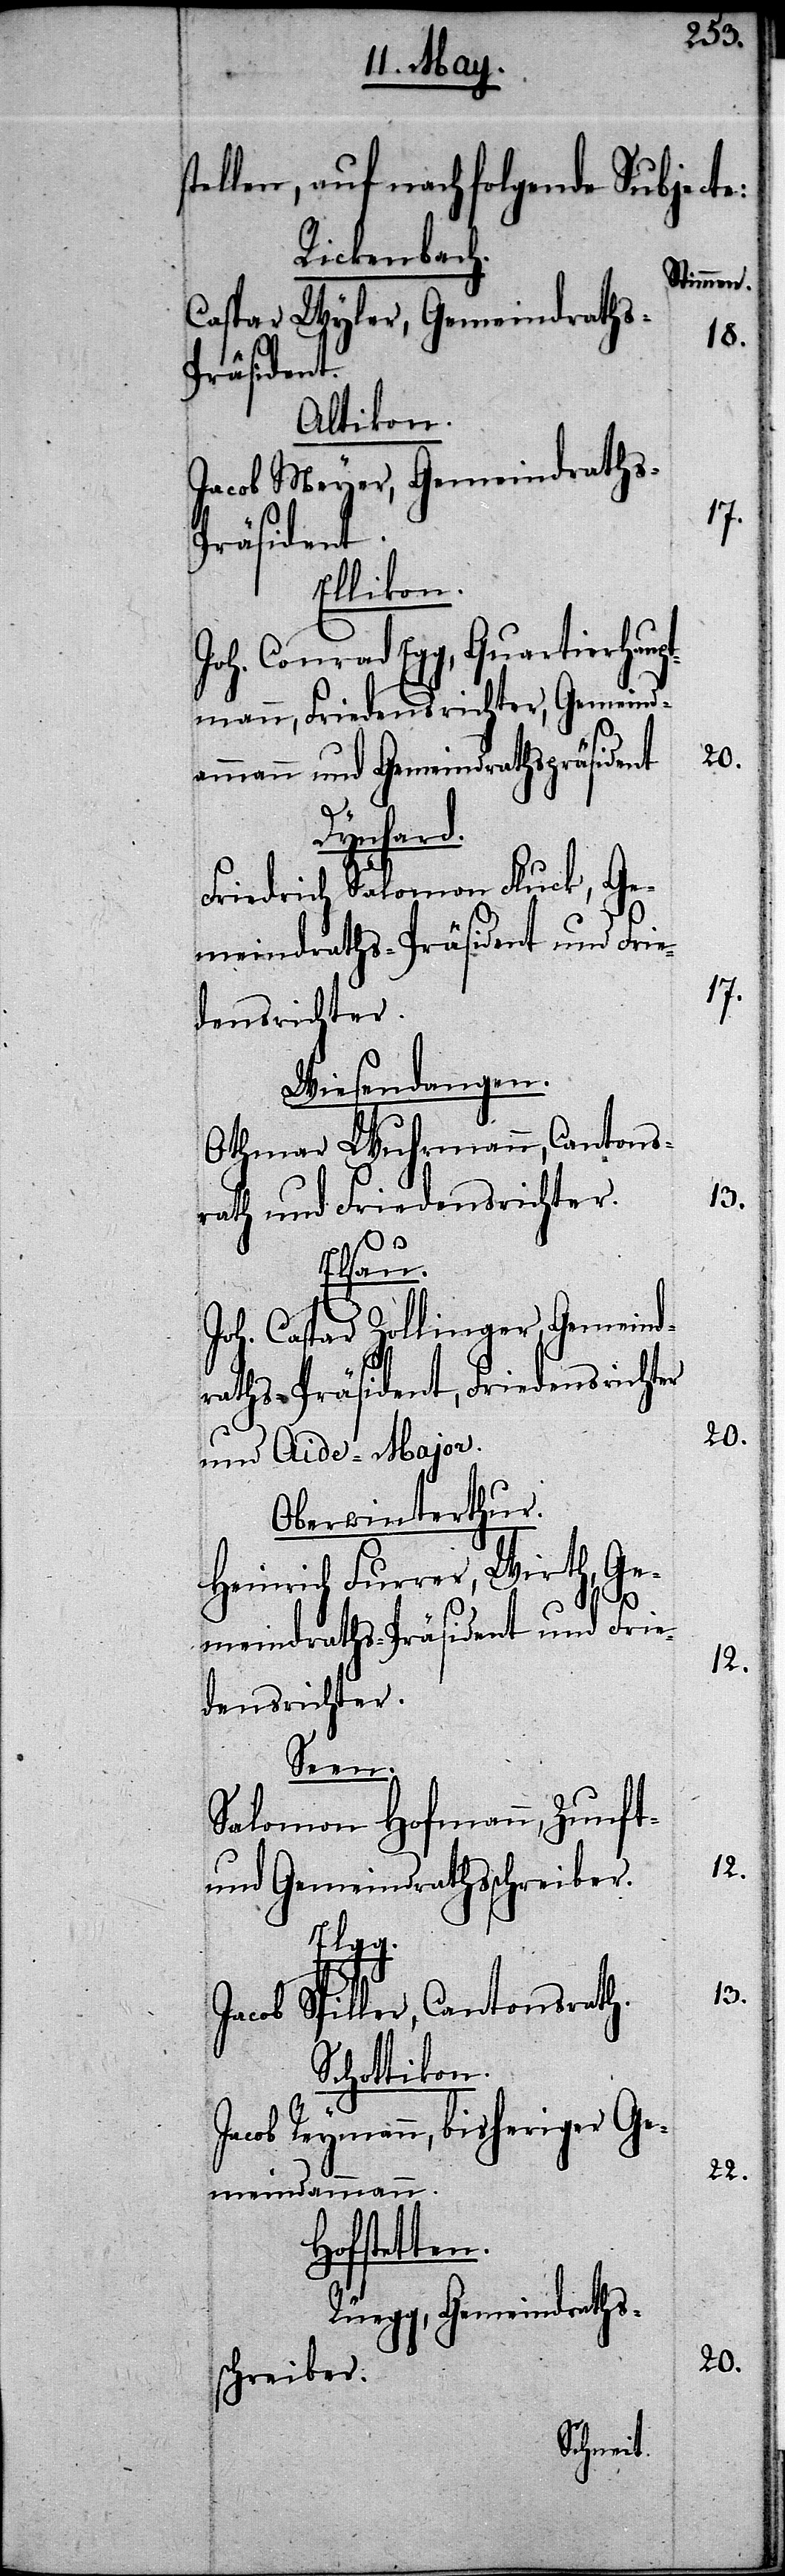
stellen, auf nachfolgende Sub¬
Rickenbach.
Caspar Wyler, Gemeindrath¬
Altikon.
Jacob Meyer, Gemeindrath¬
räsident.
Ellikon.
Joh. Conrad Egg, Quartierha¬
mann, Friedensrichter, Gemein¬
dammann und Gemeindraths-Präside¬
Dynhard.
Friedrich Salomon Fluck, Ge¬
meindrath-Präsident und F¬
Wiesendangen.
Othmar Wuhmann, Canton¬
rath und Friedensrichter.
13.
Elsau.
Joh. Caspar Zollinger, Ge¬
raths-Präsident, Friedensrichter
und Aide-Major.
Oberwinterthur.
Heinrich Furrer, Wirth, G¬
17.
emeindraths-Präsident und Fr¬
densrichter.
Seen.
Salomon Hofmann,
und Gemeindrathsschreiber.
Elgg.
Jacob Spiller, Cantonsrath.
Schottikon.
Jacob Reymann, bisheriger Ge¬
meindammann.
Hofstetten.
Rüegg, Gemeindraths¬
schreiber.

12.

ie¬

s¬

18.
22.
20.

13.